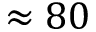
\approx 8 0